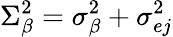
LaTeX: \Sigma_{\beta}^{2}=\sigma_{\beta}^{2}+\sigma_{ej}^{2}